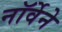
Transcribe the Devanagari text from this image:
नॉर्वेने